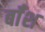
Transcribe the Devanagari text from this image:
बाँश